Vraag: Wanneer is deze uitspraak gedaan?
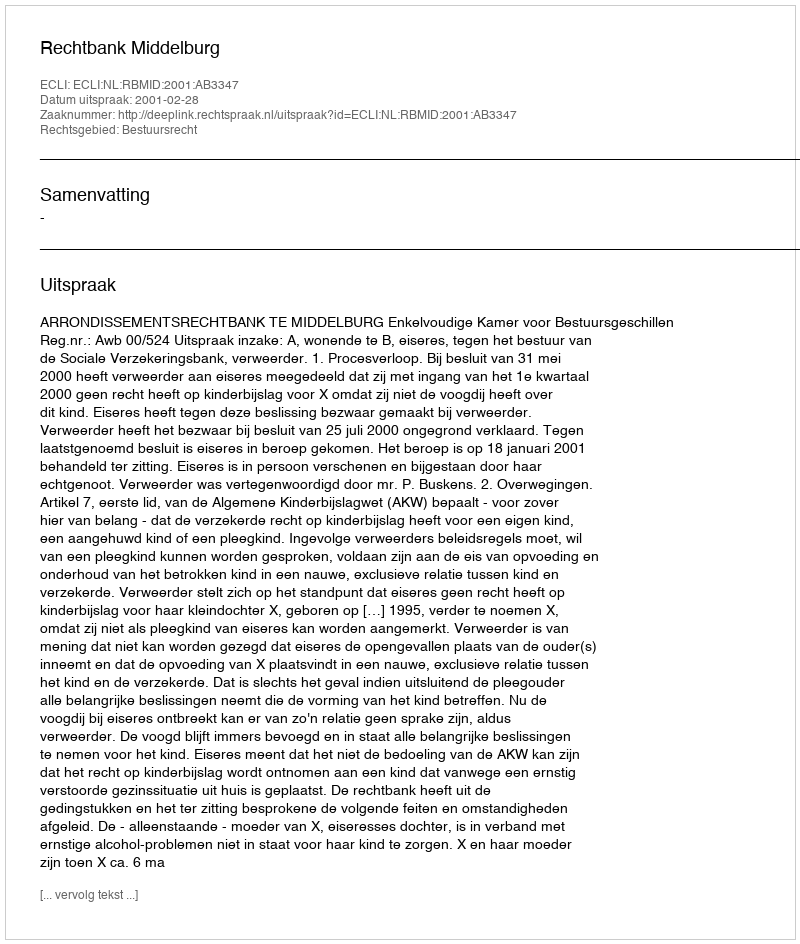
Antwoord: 2001-02-28